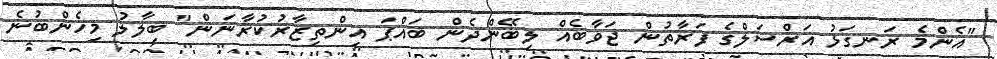
"އެންމެ ރަނގަޅު އަރްސަލްގެ ފަރާތުން ޖަވާބެއް ލިބޭންދެން ބައްޕަ އިންތިޒާރުކުރާނަން" ބިލާލު މިހެންބުނެ